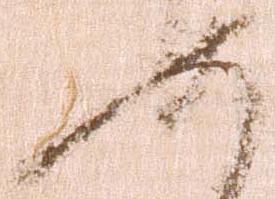
如